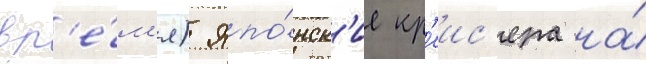
вр'е́м'я) япо́нск'ие кр'еис'ера на́